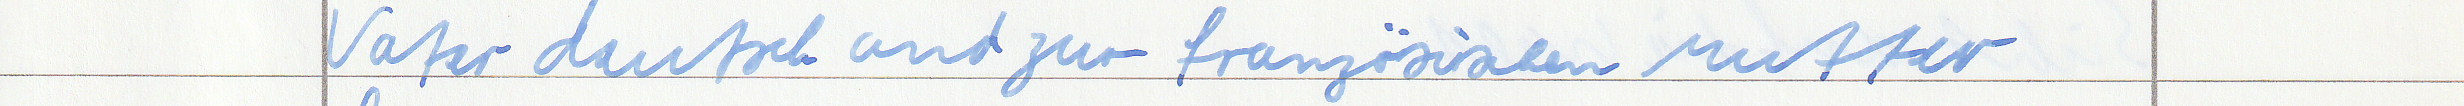
Vater deutsch und zur französischen Mutter